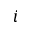
i